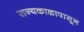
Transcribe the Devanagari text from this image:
राज्यकाळापासून